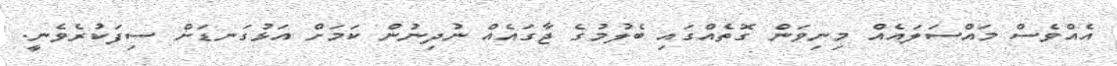
އެއްވެސް މައްސަލައެއް މިނިވަން ގޮތެއްގައި ބެލުމުގެ ޖާގައެއް ނުދިނުން ކަމަށް އަޅުގަނޑަށް ސިފަކުރެވެނީ.